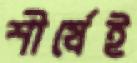
শীর্ষেই